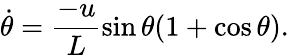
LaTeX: \dot{\theta}=\frac{-u}{L}\sin\theta(1+\cos\theta).